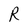
Character: R